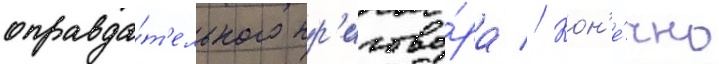
оправда́т'ельного пр'игово́ра // Кон'е́чно